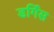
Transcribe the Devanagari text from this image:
डर्गिस